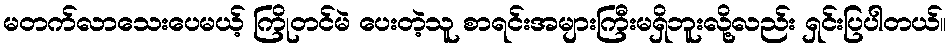
မတက်လာသေးပေမယ့် ကြိုတင်မဲ ပေးတဲ့သူ စာရင်းအများကြီးမရှိဘူးလို့လည်း ရှင်းပြပါတယ်။